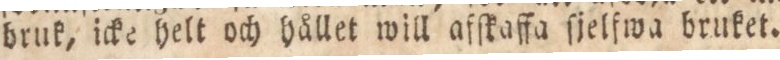
bruk, icke helt och hållet will afſkaffa ſjelfwa bruket.